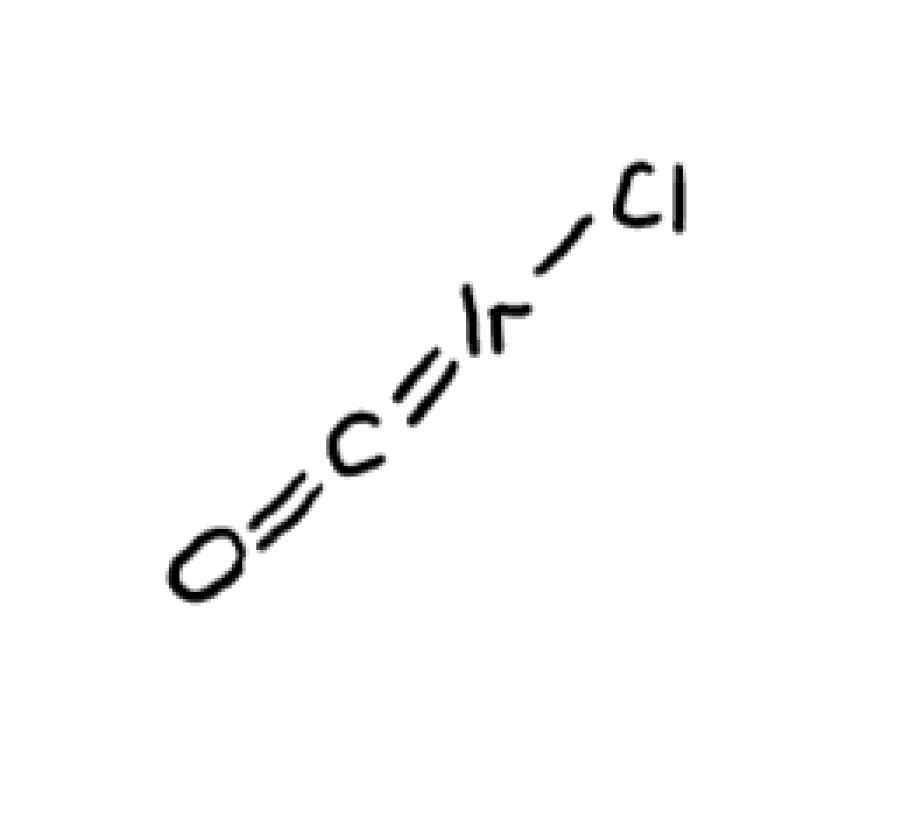
Simplified molecular-input line-entry system (SMILES) notation of the given molecule:
C(=O)=[Ir]Cl